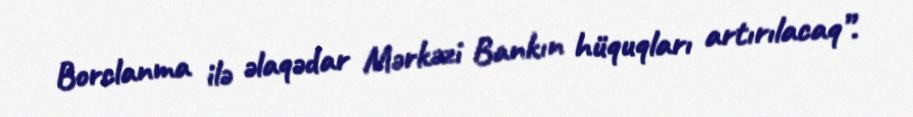
Borclanma ilə əlaqədar Mərkəzi Bankın hüquqları artırılacaq”.